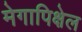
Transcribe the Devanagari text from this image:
मेगापिक्षेल